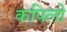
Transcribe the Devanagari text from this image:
कपिलो